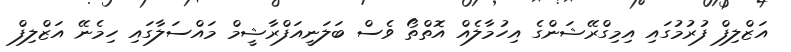
އަޒްލިފް ފުރުމުގައި އިމިގްރޭޝަންގެ އިހުމާލެއް އޮތްތޯ ވެސް ބަލަނީއަފްރާޝީމް މައްސަލާގައި ހިމެނޭ އަޒްލިފް